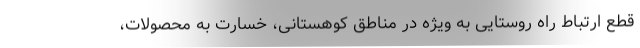
قطع ارتباط راه روستایی به ویژه در مناطق کوهستانی، خسارت به محصولات،